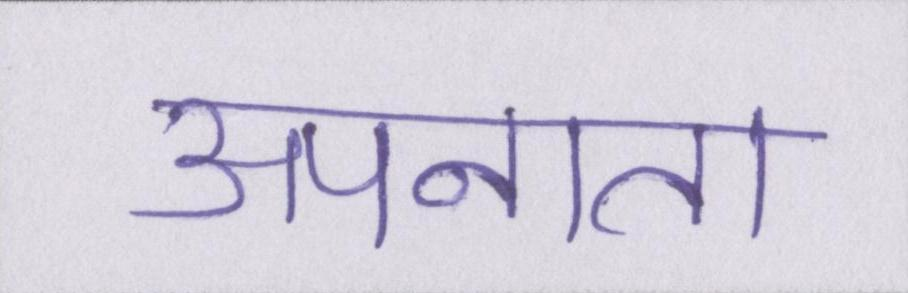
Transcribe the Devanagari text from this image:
अपनाता